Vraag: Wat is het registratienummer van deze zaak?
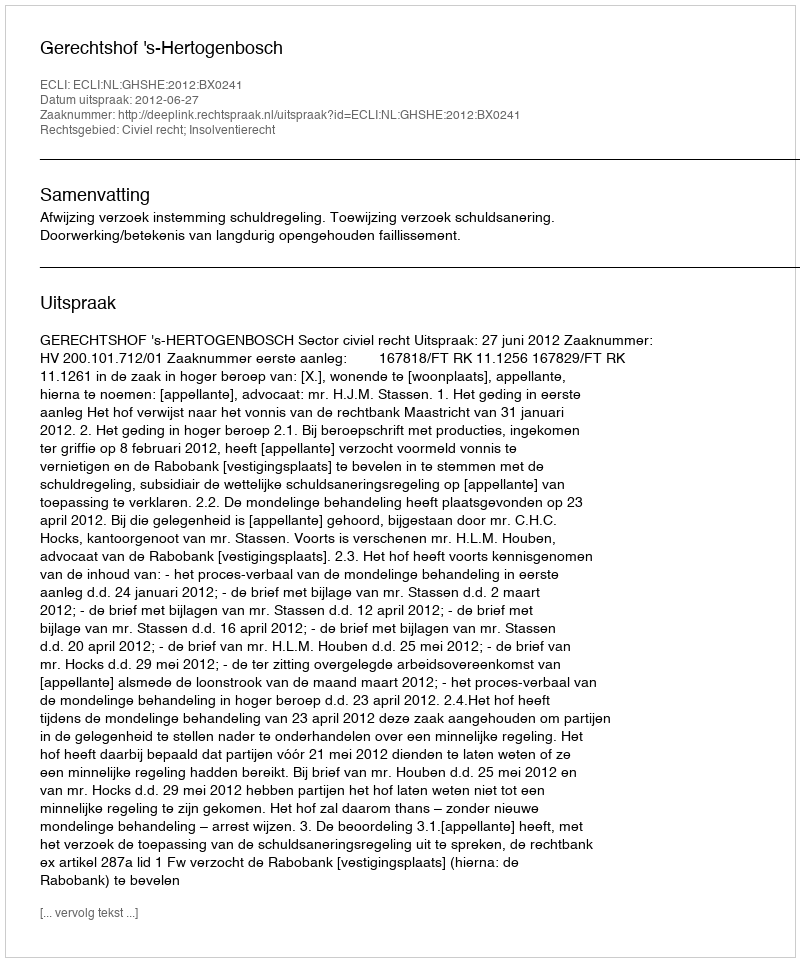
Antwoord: http://deeplink.rechtspraak.nl/uitspraak?id=ECLI:NL:GHSHE:2012:BX0241